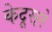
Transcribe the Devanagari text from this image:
केदूसरे